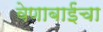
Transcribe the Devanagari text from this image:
वेणाबाईंचा